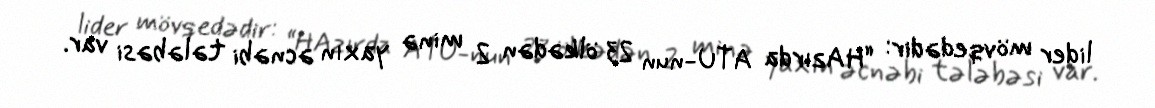
lider mövqedədir: “HAzırda ATU-nun 23 ölkədən 2 minə yaxın əcnəbi tələbəsi var.